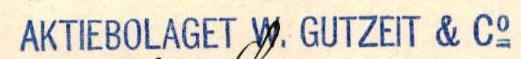
AKTIEBOLAGET W. GUTZEIT & Co